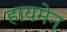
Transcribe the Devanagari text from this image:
हायमेन